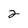
Character: 2